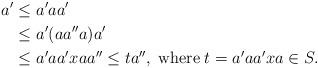
LaTeX: \begin{align*}a' &\leq a'aa'\\ & \leq a'(aa''a) a'\\ & \leq a'a a'x aa''\leq t a'',\;\textrm{where} \;t = a'a a'x a \in S.\end{align*}